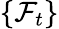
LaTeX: \{ \mathcal{F}_{t}\}